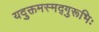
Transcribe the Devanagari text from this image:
यदुक्तमस्मद्गुरूभिः